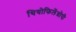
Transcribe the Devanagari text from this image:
थियोफिलेंथ्रोपी